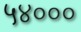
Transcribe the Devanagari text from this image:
५४०००